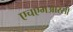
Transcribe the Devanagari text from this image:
एचएमआरसी